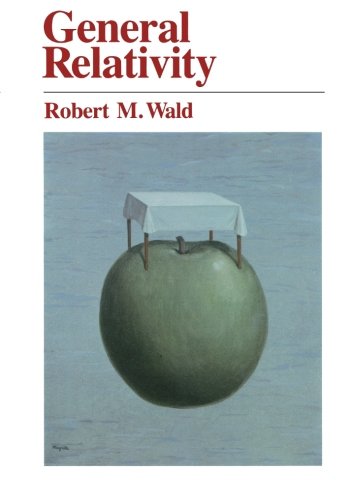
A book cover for General Relativity; Robert M. Wald; Science & Math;